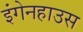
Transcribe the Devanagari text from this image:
इंगेनहाउस